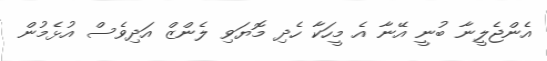
އެންޖެލީނާ ބުނީ އޭނާ އެ މީހަކާ ހެދި މޮޔަވި ލެންޒް އަދިވެސް އުޅެމުން